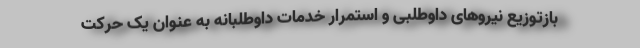
بازتوزیع نیروهای داوطلبی و استمرار خدمات داوطلبانه به عنوان یک حرکت